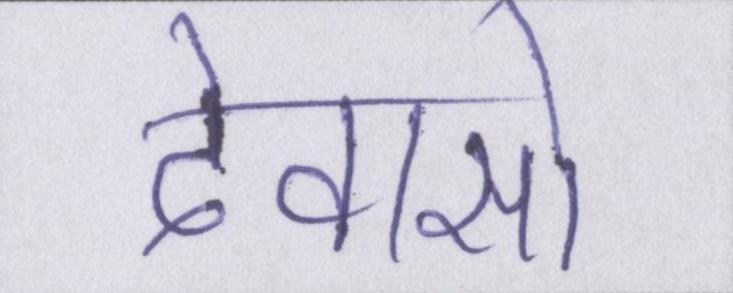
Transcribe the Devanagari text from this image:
देवासो